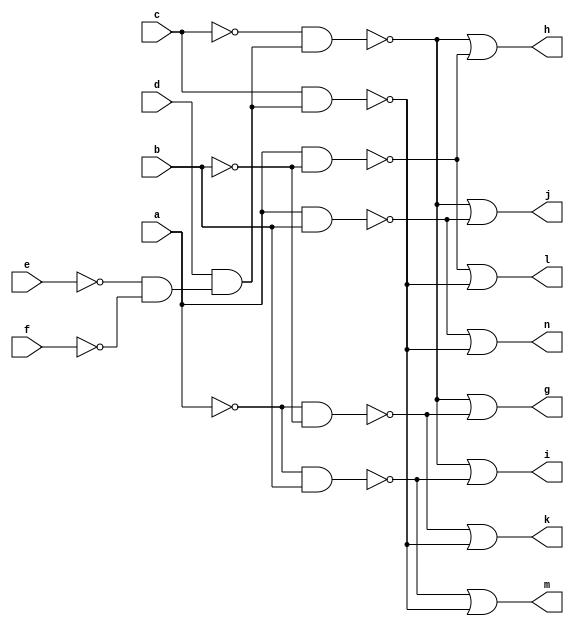
module CM138 ( 
    a, b, c, d, e, f,
    g, h, i, j, k, l, m, n  );
  input  a, b, c, d, e, f;
  output g, h, i, j, k, l, m, n;
  wire new_n15_, new_n16_, new_n17_, new_n18_, new_n20_, new_n22_, new_n24_,
    new_n26_;
  assign new_n15_ = ~e & ~f;
  assign new_n16_ = d & new_n15_;
  assign new_n17_ = ~c & new_n16_;
  assign new_n18_ = ~a & ~b;
  assign g = ~new_n17_ | ~new_n18_;
  assign new_n20_ = a & ~b;
  assign h = ~new_n17_ | ~new_n20_;
  assign new_n22_ = ~a & b;
  assign i = ~new_n17_ | ~new_n22_;
  assign new_n24_ = a & b;
  assign j = ~new_n17_ | ~new_n24_;
  assign new_n26_ = c & new_n16_;
  assign k = ~new_n18_ | ~new_n26_;
  assign l = ~new_n20_ | ~new_n26_;
  assign m = ~new_n22_ | ~new_n26_;
  assign n = ~new_n24_ | ~new_n26_;
endmodule